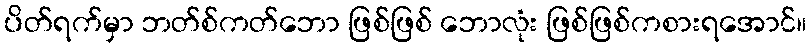
ပိတ်ရက်မှာ ဘတ်စ်ကတ်ဘော ဖြစ်ဖြစ် ဘောလုံး ဖြစ်ဖြစ်ကစားရအောင်။